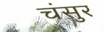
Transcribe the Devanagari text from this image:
चंसुर